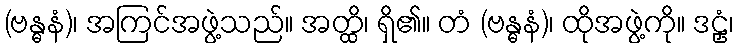
(ဗန္ဓနံ)၊ အကြင်အဖွဲ့သည်။ အတ္ထိ၊ ရှိ၏။ တံ (ဗန္ဓနံ)၊ ထိုအဖွဲ့ကို။ ဒဠှံ၊